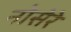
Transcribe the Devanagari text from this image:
नोसेरे